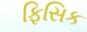
ફિસિક